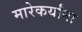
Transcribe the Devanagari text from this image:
मारेकर्यांना